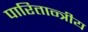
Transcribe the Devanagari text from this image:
पारितान्त्रीय